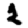
Digit: 2